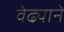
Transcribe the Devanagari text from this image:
वेढ्याने